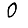
Digit: 0